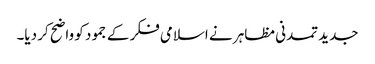
جدید تمدنی مظاہر نے اسلامی فکر کے جمود کو واضح کر دیا۔